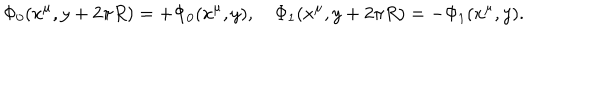
\Phi _ { 0 } ( x ^ { \mu } , y + 2 \pi R ) = + \Phi _ { 0 } ( x ^ { \mu } , y ) , \quad \Phi _ { 1 } ( x ^ { \mu } , y + 2 \pi R ) = - \Phi _ { 1 } ( x ^ { \mu } , y ) .